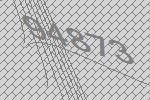
94873